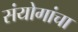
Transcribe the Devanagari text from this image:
संयोगांचा